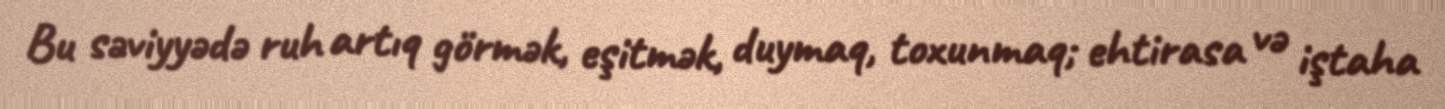
Bu səviyyədə ruh artıq görmək, eşitmək, duymaq, toxunmaq; ehtirasa və iştaha